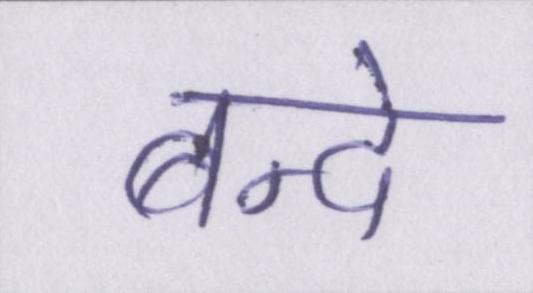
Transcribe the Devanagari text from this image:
बन्दे